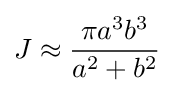
J\approx {\frac {\pi a^{3}b^{3}}{a^{2}+b^{2}}}